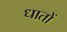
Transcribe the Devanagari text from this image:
धातों